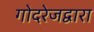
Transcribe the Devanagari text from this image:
गोदरेजद्वारा